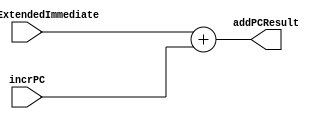
/*------------------------------------------------------------------ 
-- Haley Whitman & Andrew Hill
-- May 2016
-- CAES: Computer Architecture and Embedded Systems Laboratory
-- University of Oregon
-- Eugene, OR
-- 
--  
-- Filename: PC_Jump_Adder.v
--
-----------------------------------------------------------------*/

module PC_Jump_Adder(
	input[31:0] shiftedExtendedImmediate,
	input[31:0] incrPC,
	output[31:0] addPCResult
	);


assign addPCResult = shiftedExtendedImmediate + incrPC;

endmodule